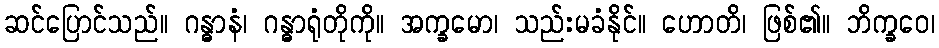
ဆင်ပြောင်သည်။ ဂန္ဓာနံ၊ ဂန္ဓာရုံတိုကို။ အက္ခမော၊ သည်းမခံနိုင်။ ဟောတိ၊ ဖြစ်၏။ ဘိက္ခဝေ၊